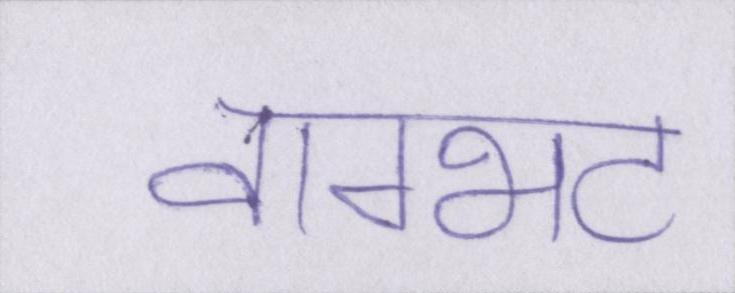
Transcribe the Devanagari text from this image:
वाग्भट